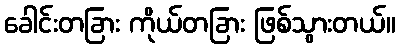
ခေါင်းတခြား ကိုယ်တခြား ဖြစ်သွားတယ်။